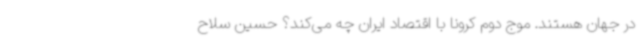
در جهان هستند. موج دوم کرونا با اقتصاد ایران چه می‌کند؟ حسین سلاح